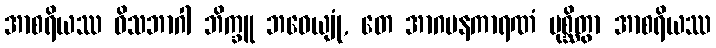
အာစရိယဿ ဝိသဘာဂါ ဘိက္ခူ ဘဝေယျုံ, တေ အာဂမနကာရဏံ ပုစ္ဆိတွာ အာစရိယဿ